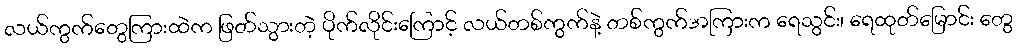
လယ်ကွက်တွေကြားထဲက ဖြတ်သွားတဲ့ ပိုက်လိုင်းကြောင့် လယ်တစ်ကွက်နဲ့ တစ်ကွက်အကြားက ရေသွင်း၊ ရေထုတ်မြောင်း တွေ